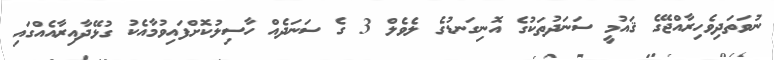
ނުވަތަދިވެހިރާއްޖޭގެ ޤައުމީ ސަނަދުތަކުގެ އޮނިގަނޑުގެ ލެވެލް 3 ގެ ސަނަދެއް ހާސިލުކޮށްފައިވުމާއެކު ގުޅޭދާއިރާއެއްގައި